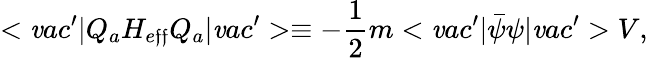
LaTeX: <\mathit{v}ac^{\prime}|Q_{a}H_{e\mathfrak{f}\mathfrak{f}}Q_{a}|\mathit{v}ac^{\prime}>\equiv-\frac{{1}}{{2}}m<\mathit{v}ac^{\prime}|\bar{{\psi}}\psi|\mathit{v}ac^{\prime}>V,